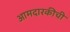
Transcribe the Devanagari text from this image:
आमदारकीची